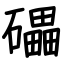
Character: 礧